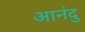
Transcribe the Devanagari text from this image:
आनंदु